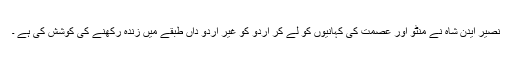
نصیر ایدن شاہ نے منٹو اور عصمت کی کہانیوں کو لے کر اردو کو غیر اردو داں طبقے میں زندہ رکھنے کی کوشش کی ہے ۔